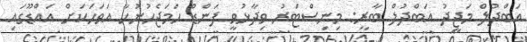
އަބްދުލް މަޖީދު އަބްދުލް ބާރީ: މިނިސްޓަރު ވިދާޅުވީ ފަންޑް ހަމަޖެހުނުހާ އަވަހަކަށް އައްޑޫގައި